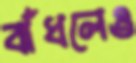
বাঁধলেও